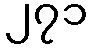
၂၇၁